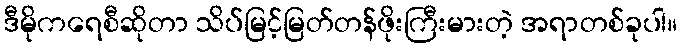
ဒီမိုကရေစီဆိုတာ သိပ်မြင့်မြတ်တန်ဖိုးကြီးမားတဲ့ အရာတစ်ခုပါ။